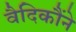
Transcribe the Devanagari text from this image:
वैदिकौंने